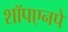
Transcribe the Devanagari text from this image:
शॉपएनपे